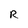
Character: R